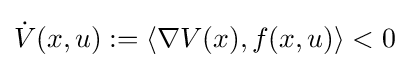
{\dot {V}}(x,u):=\langle \nabla V(x),f(x,u)\rangle <0